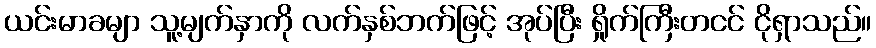
ယင်းမာခမျာ သူ့မျက်နှာကို လက်နှစ်ဘက်ဖြင့် အုပ်ပြီး ရှိုက်ကြီးတငင် ငိုရှာသည်။